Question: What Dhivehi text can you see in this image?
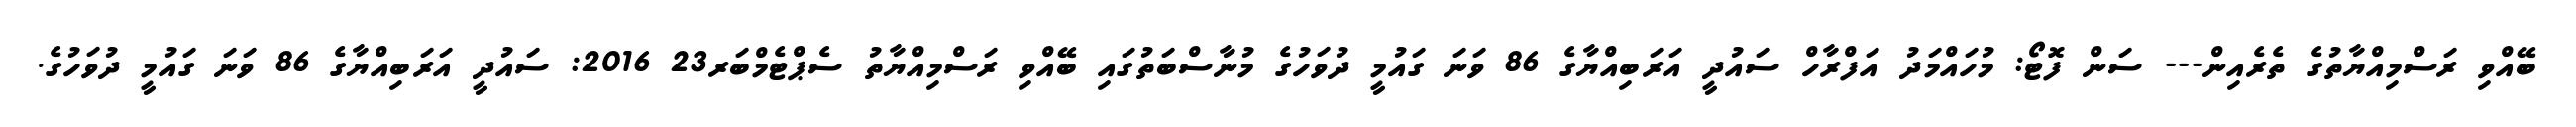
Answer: ބޭއްވި ރަސްމިއްޔާތުގެ ތެރެއިން--- ސަން ފޮޓޯ: މުހައްމަދު އަފްރާހް ސައުދީ އަރަބިއްޔާގެ 86 ވަނަ ގައުމީ ދުވަހުގެ މުނާސްބަތުގައި ބޭއްވި ރަސްމިއްޔާތު ސެޕްޓެމްބަރ23 2016: ސައުދީ އަރަބިއްޔާގެ 86 ވަނަ ގައުމީ ދުވަހުގެ.